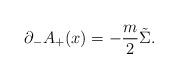
LaTeX: \begin{align*}{\partial }_-A_+(x)=-\frac{m}{2}\tilde{\Sigma}. \end{align*}